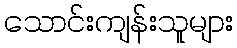
သောင်းကျန်းသူများ